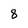
Character: 8